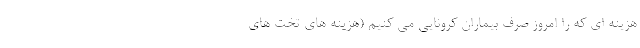
هزینه ای که را امروز صرف بیماران کرونایی می کنیم (هزینه های تخت های